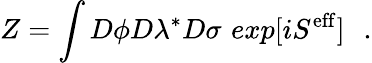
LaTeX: Z=\int D\phi D\lambda^{*}D\sigma\, \, exp[iS^{\mathrm{eff}}]\, \, \, \, .